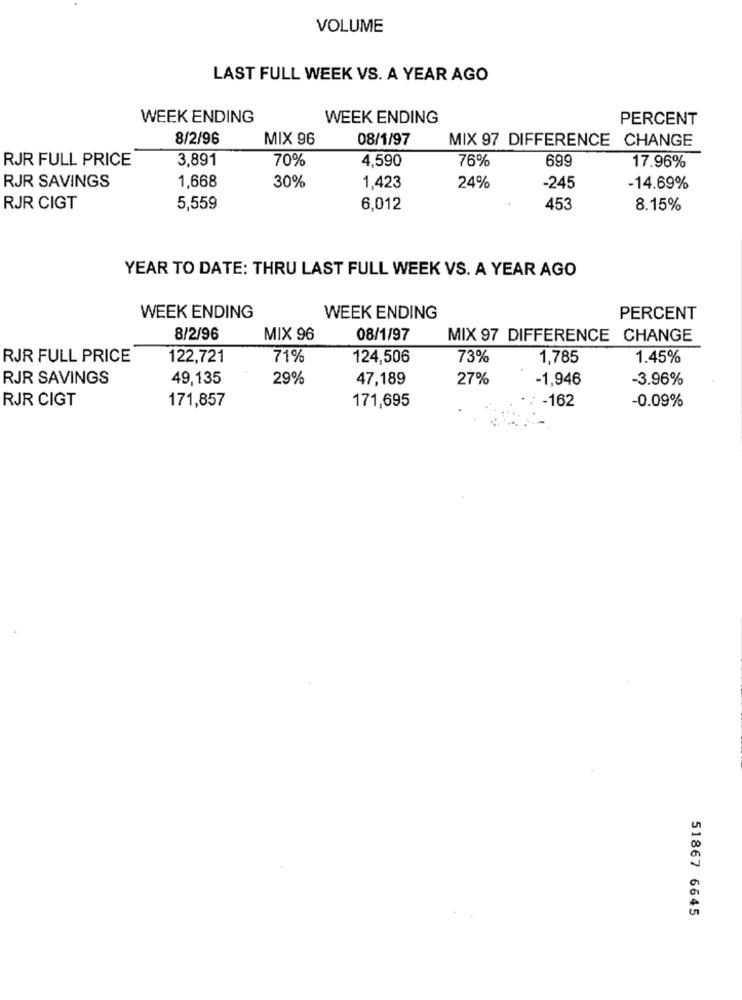
VOLUME
LAST FULL WEEK VS. A YEAR AGO
WEEK ENDING
WEEK ENDING
PERCENT
8/2/96
MIX 96
08/1/97
MIX 97 DIFFERENCE CHANGE
RJR FULL PRICE
3,891
70%
76%
699
4,590
17.96%
RJR SAVINGS
1,668
30%
1,423
24%
-245
-14.69%
RJR CIGT
5,559
6,012
453
8.15%
YEAR TO DATE: THRU LAST FULL WEEK VS. A YEAR AGO
WEEK ENDING
WEEK ENDING
PERCENT
8/2/96
MIX 96
08/1/97
MIX 97 DIFFERENCE CHANGE
RJR FULL PRICE
122,721
71%
124,506
73%
1,785
1.45%
RJR SAVINGS
49,135
29%
47,189
27%
-1,946
-3.96%
RJR CIGT
171,857
171,695
-162
-0.09%
51867 6645